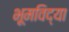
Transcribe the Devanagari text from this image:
भूमविद्या